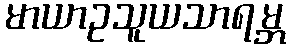
မာယာဥသူယသာရမ္ဘ